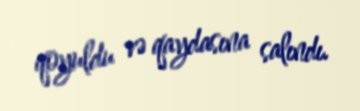
qoyuldu və qaydasına salındı.